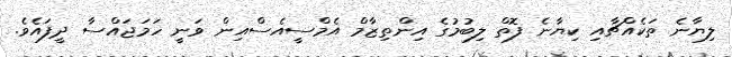
ލިޔާނެ ތަކެއްޗާއި ކިޔާނެ ފޮތް ލިބުމުގެ އިންތިޒާމް އެމްސީއެސްއިން ވަނީ ހަމަޖައްސާ ދީފައެވެ.